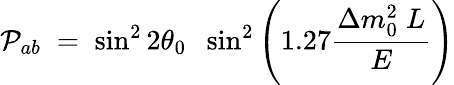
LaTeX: {\cal P}_{ab}\; =\; \sin^{2}2\theta_{0}\; \; \sin^{2}\left(1.27{\frac{\Delta m_{0}^{2}\; L}{E}}\right)